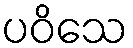
ပဝိသေ